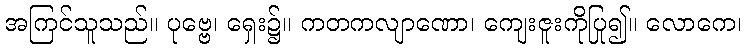
အကြင်သူသည်။ ပုဗ္ဗေ၊ ရှေး၌။ ကတကလျာဏော၊ ကျေးဇူးကိုပြု၍။ လောကေ၊